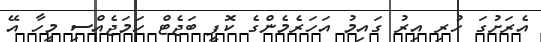
އެރަށުގަ ހުރި އިރު ގައިމު އަހަރެމެންގެ ކޮފީ ބަޖެޓް ހަމަޖެއްސި މީހާ އޭ